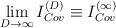
LaTeX: \begin{align*}\lim_{D\rightarrow\infty}I^{(D)}_{Cov}\equiv{}I^{(\infty)}_{Cov}\end{align*}